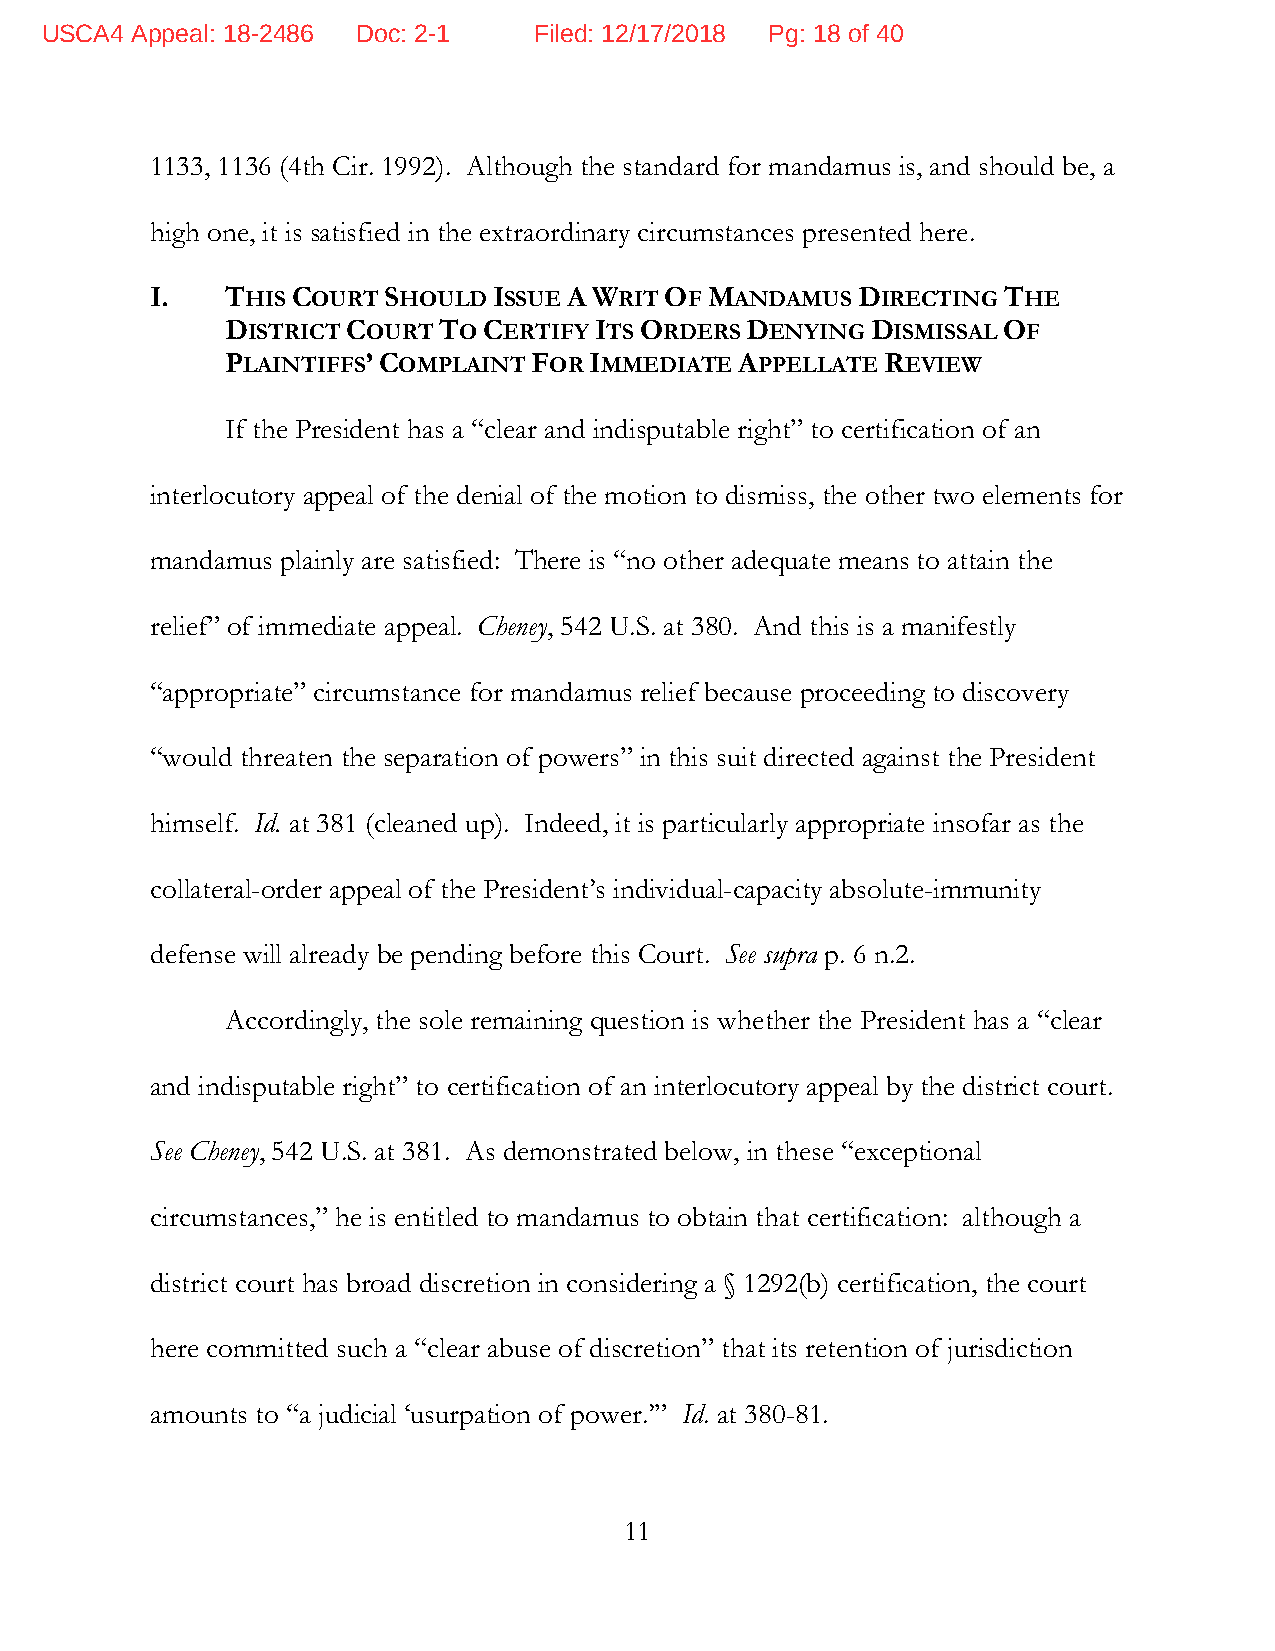
USCA4 Appeal: 18-2486 Doc: 2-1  Filed: 12/17/2018 Pg: 18 of 40
 1133, 1136 (4th Cir. 1992). Although the standard for mandamus is, and should be, a
 high one, it is satisfied in the extraordinary circumstances presented here.
 I.   THIS COURT SHOULD ISSUE A WRIT OF MANDAMUS DIRECTING THE
 DISTRICT COURT TO CERTIFY ITS ORDERS DENYING DISMISSAL OF
 PLAINTIFFS’ COMPLAINT FOR IMMEDIATE APPELLATE REVIEW
 If the President has a “clear and indisputable right” to certification of an
 interlocutory appeal of the denial of the motion to dismiss, the other two elements for
 mandamus plainly are satisfied: There is “no other adequate means to attain the
 relief” of immediate appeal. Cheney, 542 U.S. at 380. And this is a manifestly
 “appropriate” circumstance for mandamus relief because proceeding to discovery
 “would threaten the separation of powers” in this suit directed against the President
 himself. Id. at 381 (cleaned up). Indeed, it is particularly appropriate insofar as the
 collateral-order appeal of the President’s individual-capacity absolute-immunity
 defense will already be pending before this Court. See supra p. 6 n.2.
 Accordingly, the sole remaining question is whether the President has a “clear
 and indisputable right” to certification of an interlocutory appeal by the district court.
 See Cheney, 542 U.S. at 381. As demonstrated below, in these “exceptional
 circumstances,” he is entitled to mandamus to obtain that certification: although a
 district court has broad discretion in considering a § 1292(b) certification, the court
 here committed such a “clear abuse of discretion” that its retention of jurisdiction
 amounts to “a judicial ‘usurpation of power.’” Id. at 380-81.
 11